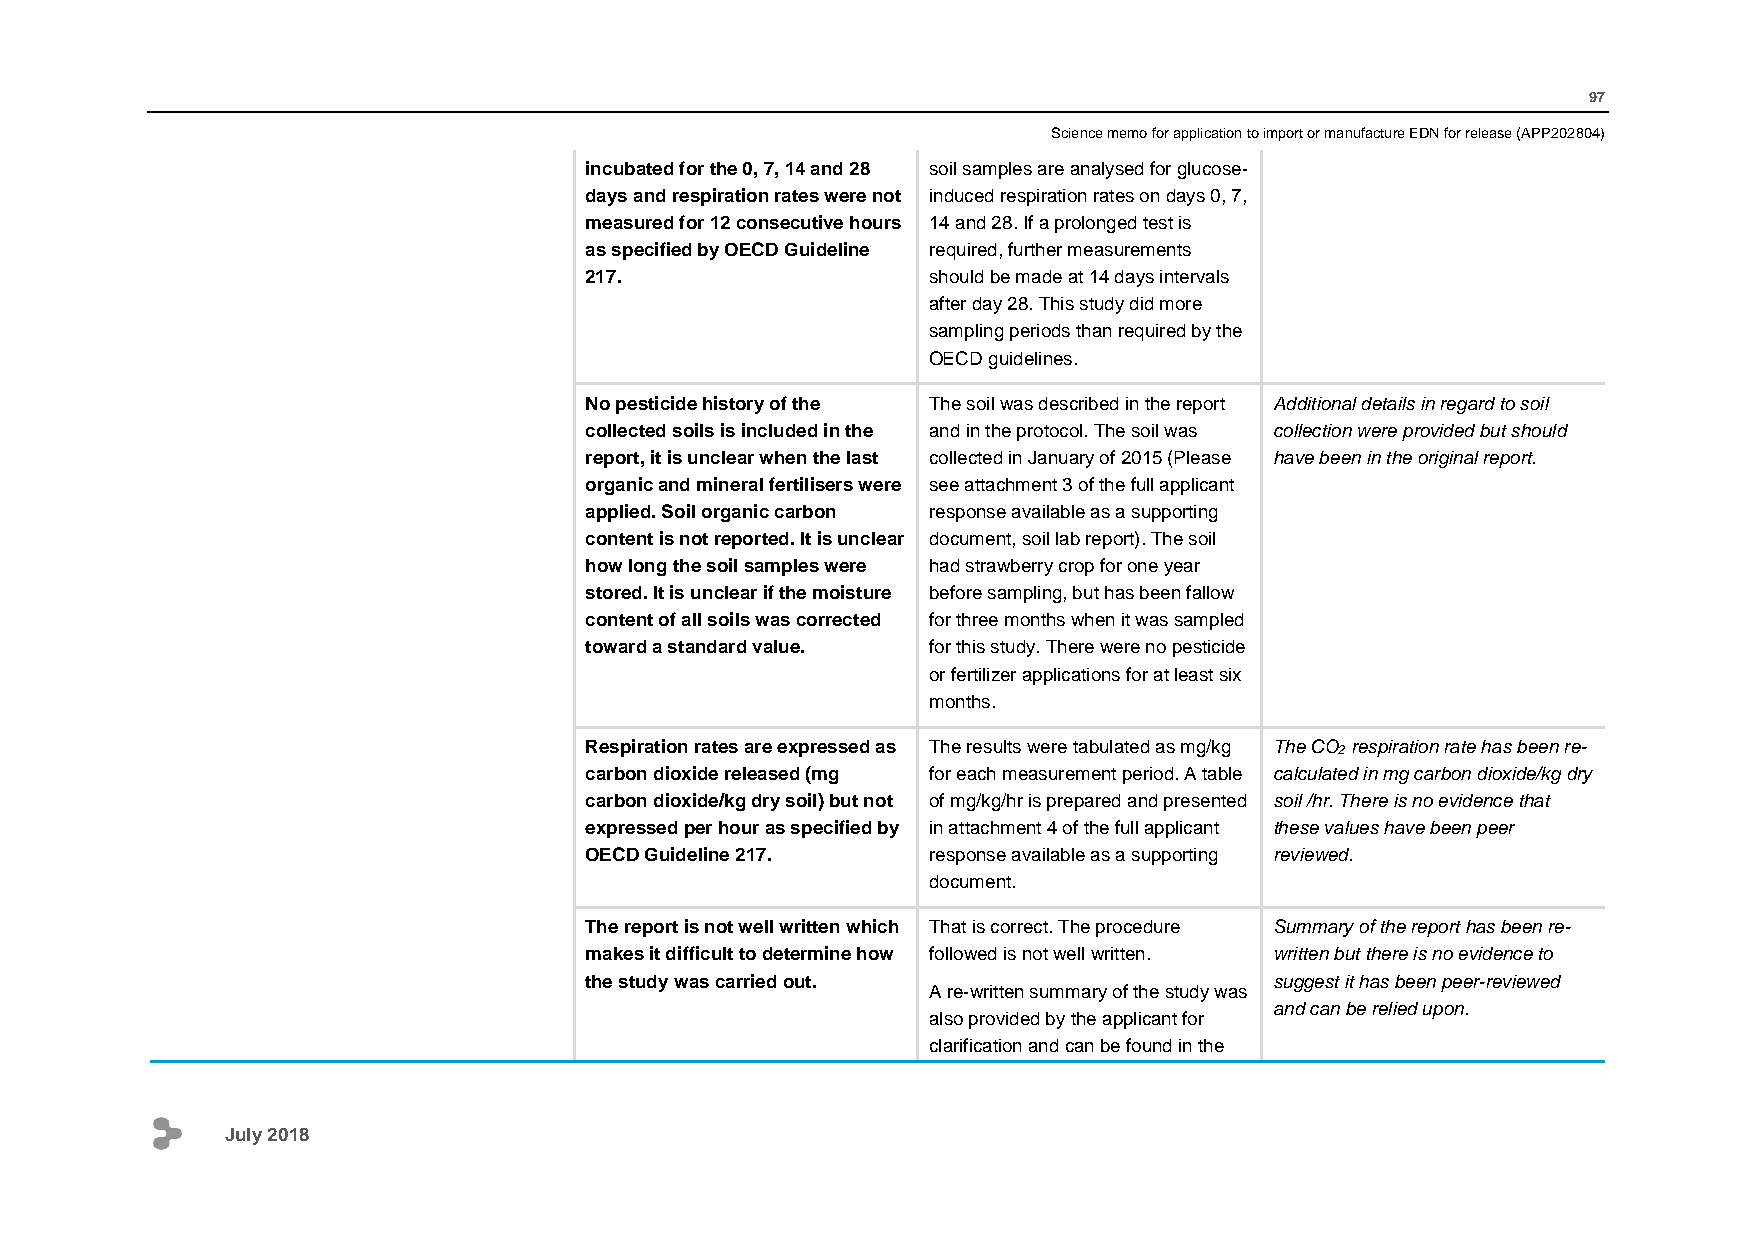
97
 Science memo for application to import or manufacture EDN for release (APP202804)
 incubated for the 0, 7, 14 and 28 soil samples are analysed for glucose-
 days and respiration rates were not induced respiration rates on days 0, 7,
 measured for 12 consecutive hours 14 and 28. If a prolonged test is
 as specified by OECD Guideline required, further measurements
 217.                  should be made at 14 days intervals
 after day 28. This study did more
 sampling periods than required by the
 OECD guidelines.
 No pesticide history of the The soil was described in the report Additional details in regard to soil
 collected soils is included in the and in the protocol. The soil was collection were provided but should
 report, it is unclear when the last collected in January of 2015 (Please have been in the original report.
 organic and mineral fertilisers were see attachment 3 of the full applicant
 applied. Soil organic carbon response available as a supporting
 content is not reported. It is unclear document, soil lab report). The soil
 how long the soil samples were had strawberry crop for one year
 stored. It is unclear if the moisture before sampling, but has been fallow
 content of all soils was corrected for three months when it was sampled
 toward a standard value. for this study. There were no pesticide
 or fertilizer applications for at least six
 months.
 Respiration rates are expressed as The results were tabulated as mg/kg The CO2 respiration rate has been re-
 carbon dioxide released (mg for each measurement period. A table calculated in mg carbon dioxide/kg dry
 carbon dioxide/kg dry soil) but not of mg/kg/hr is prepared and presented soil /hr. There is no evidence that
 expressed per hour as specified by in attachment 4 of the full applicant these values have been peer
 OECD Guideline 217.   response available as a supporting reviewed.
 document.
 The report is not well written which That is correct. The procedure Summary of the report has been re-
 makes it difficult to determine how followed is not well written. written but there is no evidence to
 the study was carried out.                   suggest it has been peer-reviewed
 A re-written summary of the study was
 and can be relied upon.
 also provided by the applicant for
 clarification and can be found in the
 July 2018